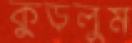
কুড়লুম